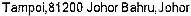
TAMPOI,81200 JOHOR BAHRU,JOHOR